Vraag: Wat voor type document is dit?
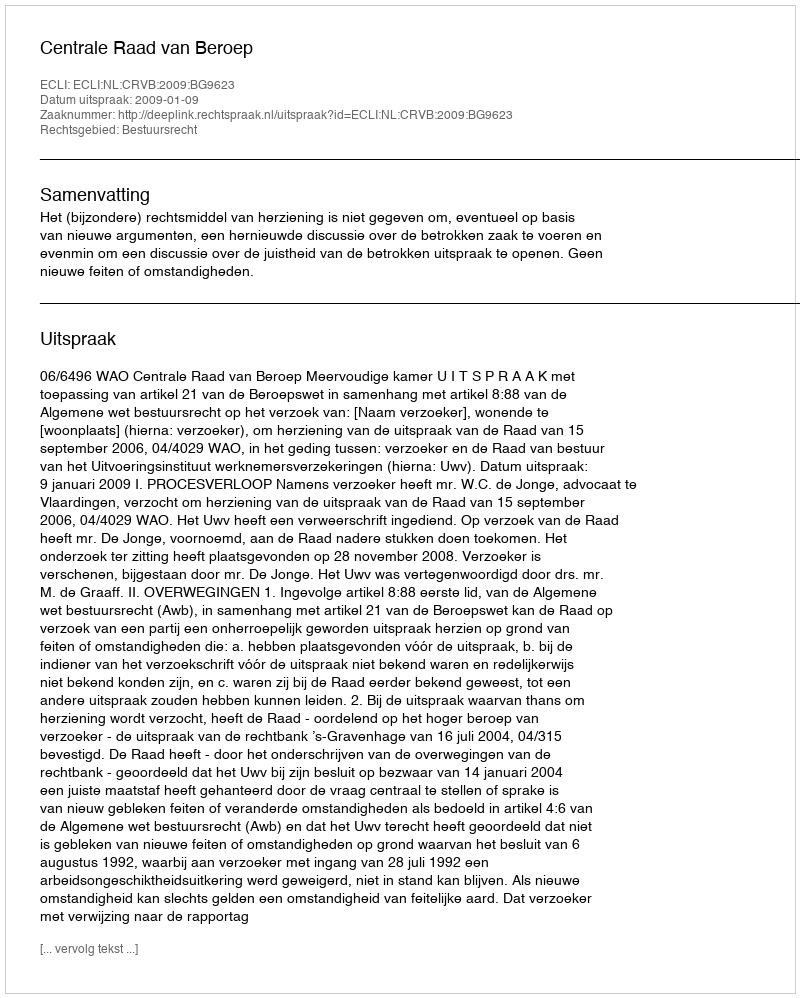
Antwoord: Uitspraak